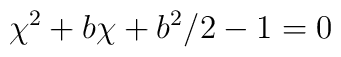
\chi^2 + b \chi + b^2 /2 -1 = 0